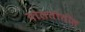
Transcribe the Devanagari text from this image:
दौलतीतील